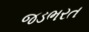
જડભરત